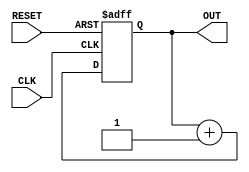
`timescale 1ns / 1ps
//////////////////////////////////////////////////////////////////////////////////
// Company: 
// Engineer: 
// 
// Design Name: 
// Module Name: counter_n
// Project Name: 
// Target Devices: 
// Tool Versions: 
// Description: 
// 
// Dependencies: 
// 
// Revision:
// Revision 0.01 - File Created
// Additional Comments:
// 
//////////////////////////////////////////////////////////////////////////////////


module counter_n(
    input CLK,
    input RESET,
    output reg [3:0] OUT
    );
    
     always @ (posedge CLK, posedge RESET) begin
          if(RESET == 1)
            OUT <= 0;
          else
            OUT <= OUT + 1;
        end
endmodule